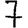
Digit: 7